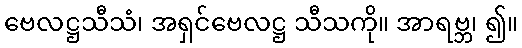
ဗေလဋ္ဌသီသံ၊ အရှင်ဗေလဋ္ဌ သီသကို။ အာရဗ္ဘ၊ ၍။